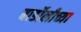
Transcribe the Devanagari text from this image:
बार्डोलीच्या